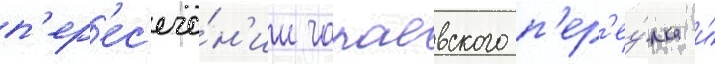
п'ер'ес'ече́н'ии чапаевского п'ер'еу́лка и́